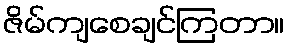
ဇိမ်ကျစေချင်ကြတာ။